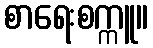
စာရေးစက္ကူ။